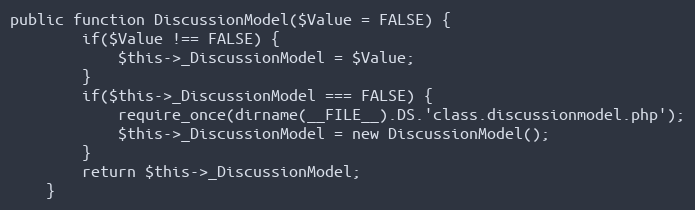
Language: PHP
public function DiscussionModel($Value = FALSE) {
		if($Value !== FALSE) {
			$this->_DiscussionModel = $Value;
		}
		if($this->_DiscussionModel === FALSE) {
			require_once(dirname(__FILE__).DS.'class.discussionmodel.php');
			$this->_DiscussionModel = new DiscussionModel();
		}
		return $this->_DiscussionModel;
	}